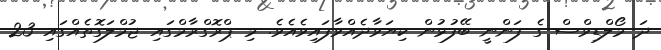
ދަ މޯލްޑިވްސް ގެ ފަންނީ ބޭފުޅުން ކިޔަވާދެއްވާފައިވެއެވެ. މި ޕްރޮގްރާމްގައި ޖުމްލަގޮތެއްގައި 23